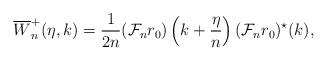
LaTeX: \begin{align*}\overline{W}_n^+(\eta,k) =\frac{1}{2n}({\cal F}_nr_0)\left(k+\frac{\eta}{n}\right)({\cal F}_nr_0)^\star(k), \end{align*}